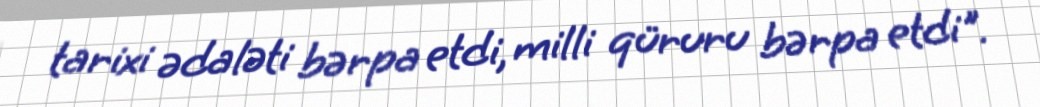
tarixi ədaləti bərpa etdi, milli qüruru bərpa etdi".